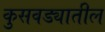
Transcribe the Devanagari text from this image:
कुसवड्यातील